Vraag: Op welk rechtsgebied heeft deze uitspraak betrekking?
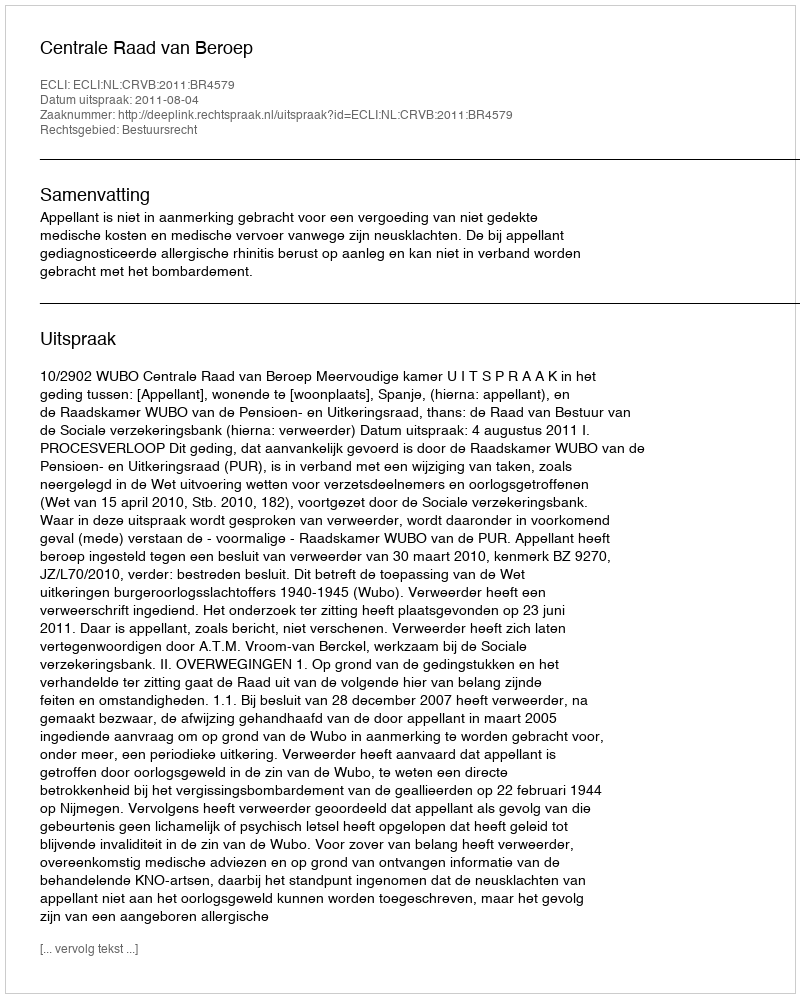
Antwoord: Bestuursrecht